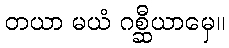
တယာ မယံ ဂစ္ဆီယာမှေ။